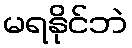
မရနိုင်ဘဲ